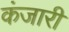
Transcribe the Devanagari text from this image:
कंजारी